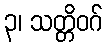
၃၊ သတ္တိဝဂ်